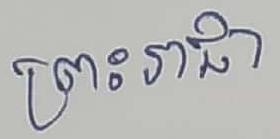
ព្រះរាជា